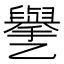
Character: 㐦